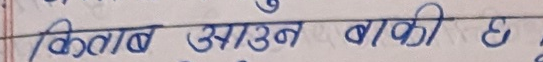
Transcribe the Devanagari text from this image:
किताब आउन बाकी छ।